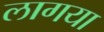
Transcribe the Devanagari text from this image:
लागया